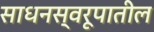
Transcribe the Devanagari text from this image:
साधनस्वरूपातील